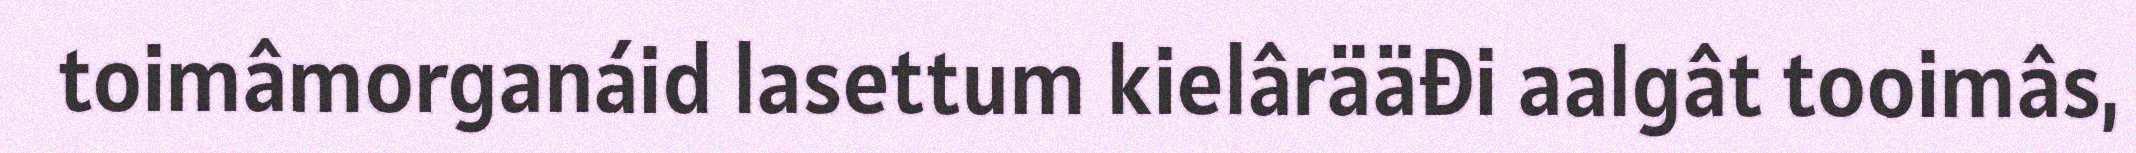
toimâmorganáid lasettum kielârääđi aalgât tooimâs,